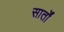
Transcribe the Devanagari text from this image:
सार्तों